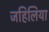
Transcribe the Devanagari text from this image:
जहिलिया